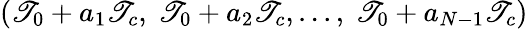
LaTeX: (\mathscr{T}_{0}+a_{1}\mathscr{T}_{c},\ \mathscr{T}_{0}+a_{2}\mathscr{T}_{c},...,\ \mathscr{T}_{0}+a_{N-1}\mathscr{T}_{c})